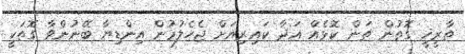
ތާރީޚީ ގޮތުން ތަން ކޮޅެއް އަދާ ކައިރިއަށް ޖެހެލުމުން އިންޑިޔާ ބޭނުންވާ ގޮތަކީ